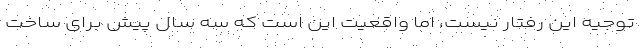
توجیه این رفتار نیست، اما واقعیت این است که سه سال پیش برای ساخت